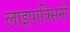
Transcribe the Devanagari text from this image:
लाइपाक्सिनों